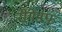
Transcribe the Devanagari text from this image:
रीगेंडफ़